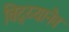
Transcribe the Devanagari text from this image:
विद्य्यानैव